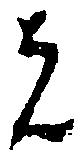
者